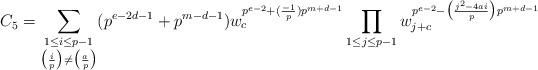
LaTeX: \begin{align*}C_{5}=\sum_{\substack{1\leq i\leq p-1\\\bigl(\frac{i}{p}\bigr)\ne \bigl(\frac{a}{p}\bigr)}}(p^{e-2d-1}+p^{m-d-1}) w_{c}^{p^{e-2}+(\frac{-1}{p})p^{m+d-1}} \prod_{\substack{1\leq j\leq p-1}}w_{j+c}^{p^{e-2}-\bigl(\frac{j^{2}-4ai}{p}\bigr)p^{m+d-1}}\end{align*}